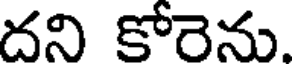
దని కోరెను.